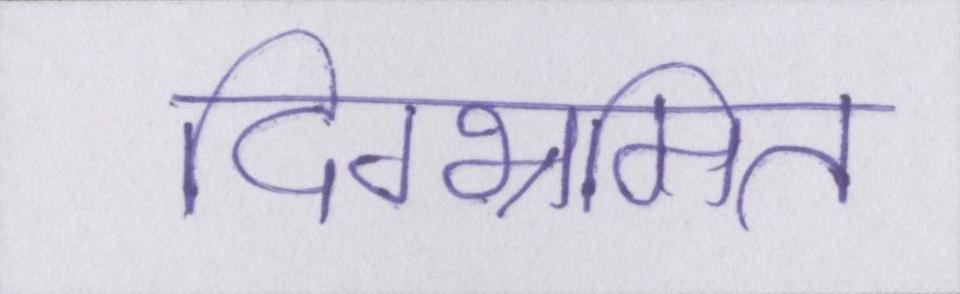
दिग्भ्रमित